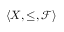
\langle X , \leq , { \mathcal { F } } \rangle